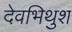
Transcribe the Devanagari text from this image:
देवभिथुश